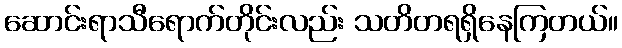
ဆောင်းရာသီရောက်တိုင်းလည်း သတိတရရှိနေကြတယ်။